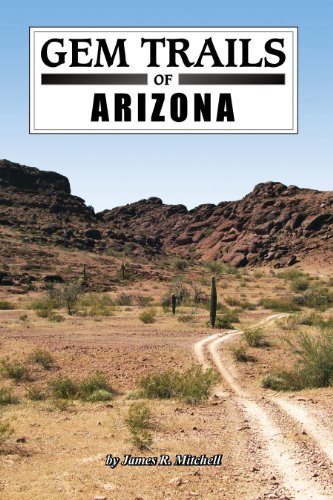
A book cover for Gem Trails of Arizona; James R. Mitchell; Science & Math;